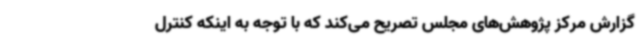
گزارش مرکز پژوهش‌های مجلس تصریح می‌کند که با توجه به اینکه کنترل